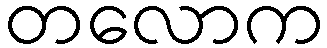
တလောက